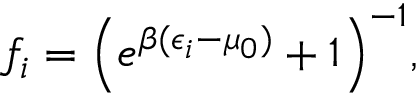
{ \displaystyle f _ { i } = \left( e ^ { \beta ( \epsilon _ { i } - \mu _ { 0 } ) } + 1 \right) ^ { - 1 } } ,